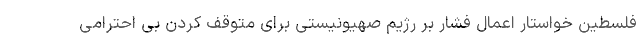
فلسطین خواستار اعمال فشار بر رژیم صهیونیستی برای متوقف کردن بی احترامی